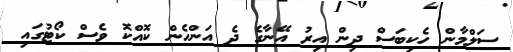
ސަލްމާން ހެކިބަސް ދިން އިރު އޭނާގެ ދެ އަންހެން ކޮއްކޮ ވެސް ކޯޓުގައި